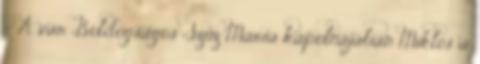
– A vár Boldogságos Szűz Mária kápolnájában Miklós a